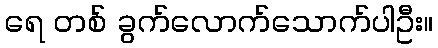
ရေ တစ် ခွက်လောက်သောက်ပါဦး။